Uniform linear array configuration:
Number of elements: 32
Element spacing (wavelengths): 1
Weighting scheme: hann
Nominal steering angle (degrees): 15
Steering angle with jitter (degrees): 13.311
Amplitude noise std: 0.05
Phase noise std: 0.05

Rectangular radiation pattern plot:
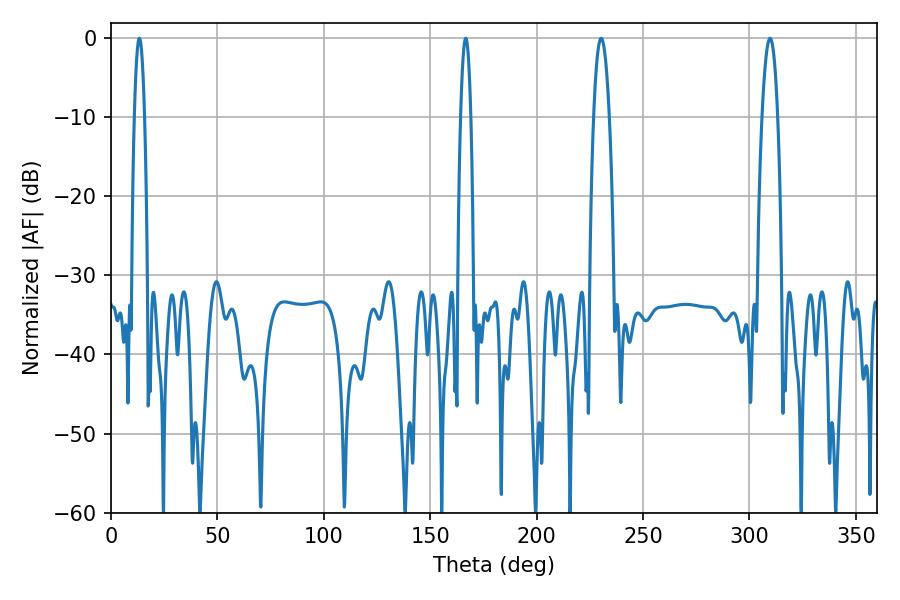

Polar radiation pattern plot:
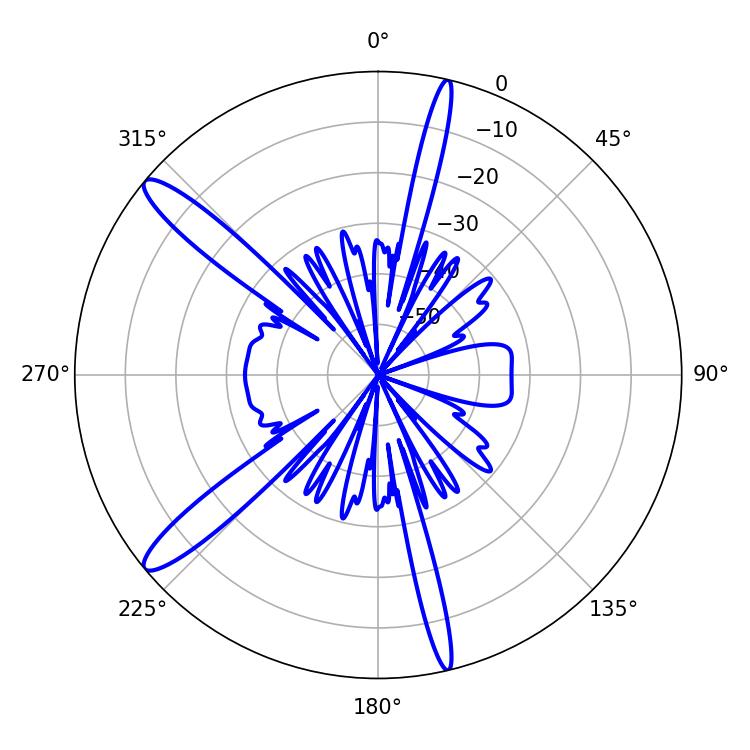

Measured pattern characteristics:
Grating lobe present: TRUE
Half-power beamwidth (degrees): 2.52
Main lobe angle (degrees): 13.32